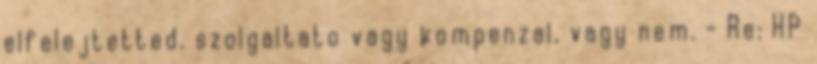
elfelejtetted. szolgaltato vagy kompenzal, vagy nem. - Re: HP